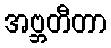
အဗ္ဘတီတာ